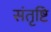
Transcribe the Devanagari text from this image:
संतृष्टि